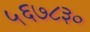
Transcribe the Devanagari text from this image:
५६७८३०